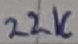
Text: 22K